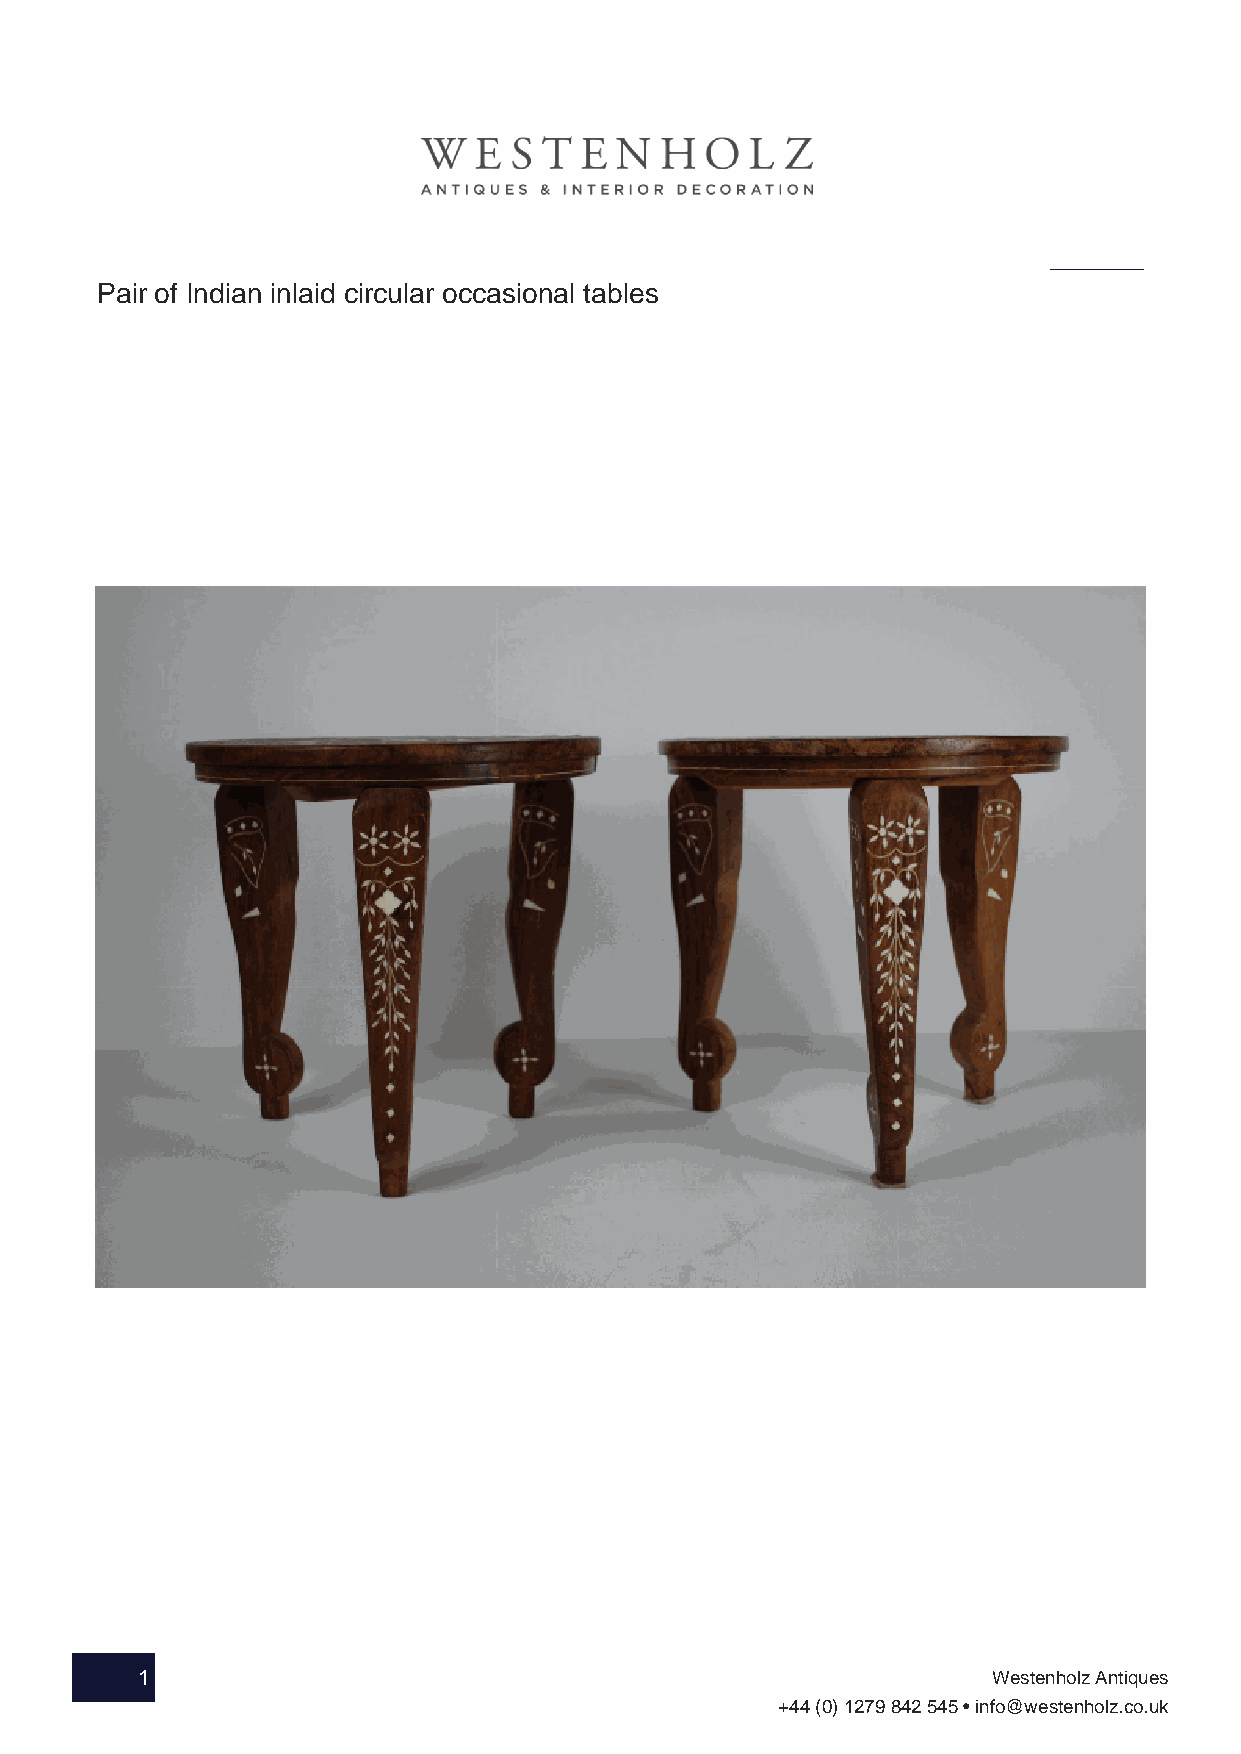
Pair of Indian inlaid circular occasional tables
 1                                                        Westenholz Antiques
 +44 (0) 1279 842 545 • info@westenholz.co.uk